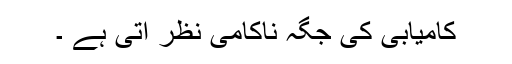
کامیابی کی جگہ ناکامی نظر آتی ہے ۔